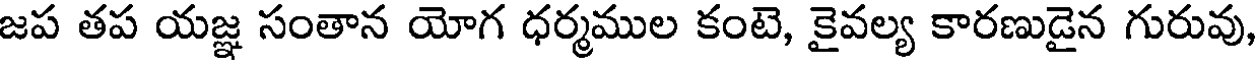
జప తప యజ్ఞ సంతాన యోగ ధర్మముల కంటె, కైవల్య కారణుడైన గురువు,